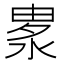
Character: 𣷛